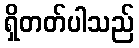
ရှိတတ်ပါသည်